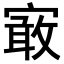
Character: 𡪯